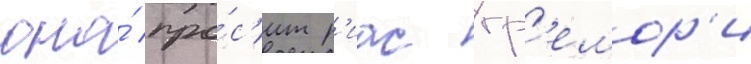
она́ про́с'ит р'иас гр'емор'и